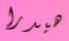
هيدرا